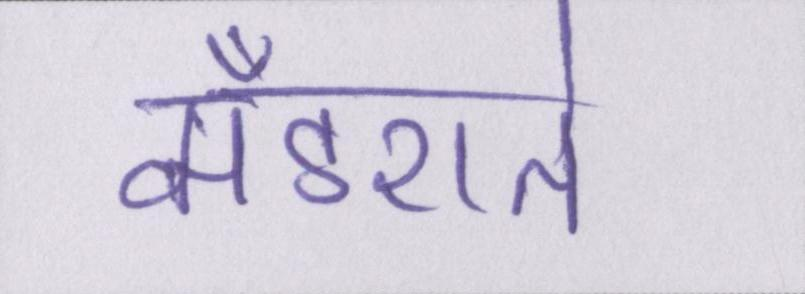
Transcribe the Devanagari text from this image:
मँडराते